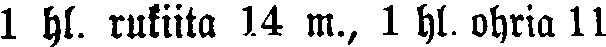
1 hl. rukiita 1.4 m., 1 hl. ohria 11